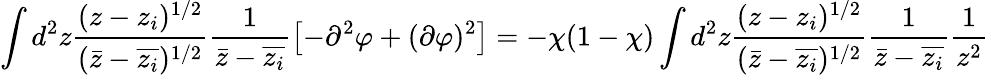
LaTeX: \int d^{2}z\frac{(z-z_{i})^{1/2}}{(\bar{z}-\overline{{z_{i}}})^{1/2}}\frac{1}{\bar{z}-\overline{{z_{i}}}}\left[-\partial^{2}\varphi+(\partial\varphi)^{2}\right]=-\chi(1-\chi)\int d^{2}z\frac{(z-z_{i})^{1/2}}{(\bar{z}-\overline{{z_{i}}})^{1/2}}\frac{1}{\bar{z}-\overline{{z_{i}}}}\frac{1}{z^{2}}